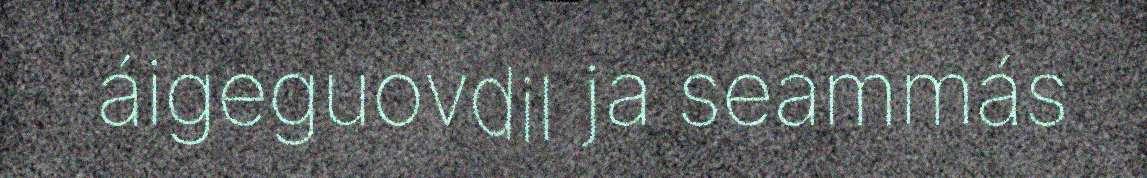
áigeguovdil ja seammás